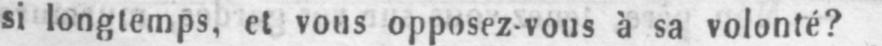
si longtemps, et vous opposez-vous à sa volonté?